Plague in India, 1896, 1897 - Volume 2
Year: 1896
Disease focus: Plague
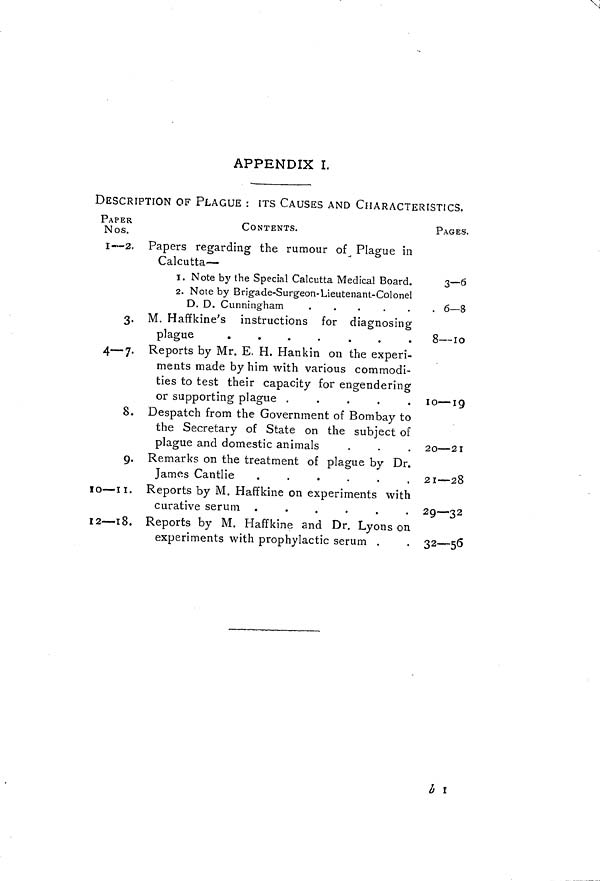
APPENDIX I.
DESCRIPTION OF PLAGUE : ITS CAUSES AND CHARACTERISTICS.
PAPER
Nos.
I — 2.
3.
4—7.
8.
9.
10 — 11.
I 2— 1 8.
CONTENTS.
Papers regarding the rumour of Plague in
Calcutta —
I. Note by the Special Calcutta Medical Board.
2. Note by Brigade-Surgeon-Lieutenant-Colonel
D. D. Cunningham
.
.
.
.
.
M. Haffkine's instructions for diagnosing
plague
.
.
.
.
.
.
.
Reports by Mr. E. H. Hankin on the experi-
ments made by him with various commodi-
ties to test their capacity for engendering
or supporting plague .
.
.
.
.
Despatch from the Government of Bombay to
the Secretary of State on the subject of
plague and domestic animals
Remarks on the treatment of plague by Dr.
James Cantlie
.
.
.
.
.
.
Reports by M. Haffkine on experiments with
curative serum .
.
.
.
.
.
Reports by M. Haffkine and Dr. Lyons on
experiments with prophylactic serum .
PAGES.
3-6
. 6—8
8—10
10 — 19
20 — 21
21 — 28
29—32
32—56
b 1